Lunatic asylums Madras 1877-1891 - 1877-1891
Year: 1877
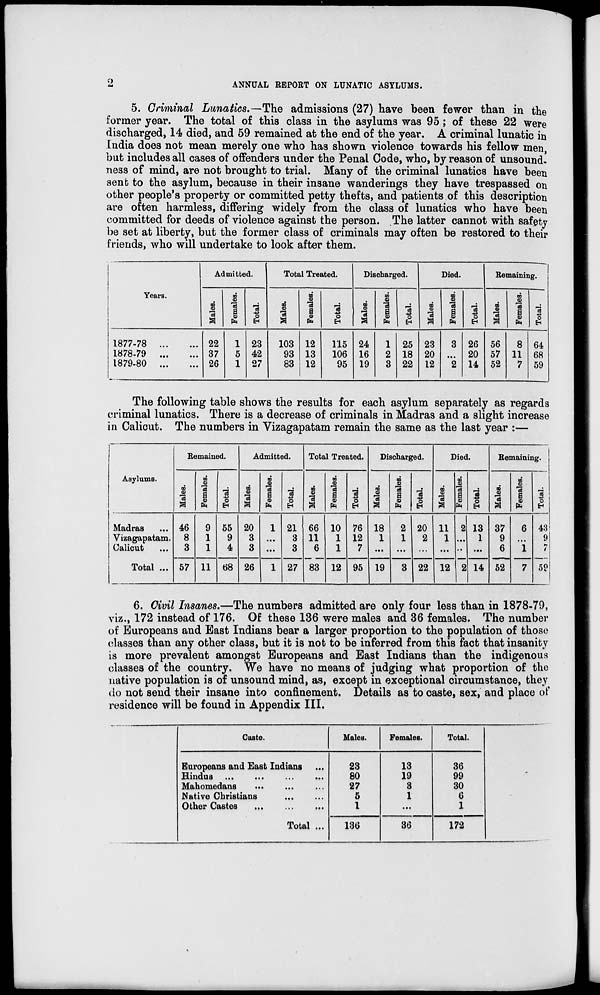
2
ANNUAL REPORT ON LUNATIC ASYLUMS.
5. Criminal Lunatics.– The admissions (27) have been fewer than in the
former year. The total of this class in the asylums was 95 ; of these 22 were
discharged, 14 died, and 59 remained at the end of the year. A criminal lunatic in
India does not mean merely one who has shown violence towards his fellow men,
but includes all cases of offenders under the Penal Code, who, by reason of unsound-
ness of mind, are not brought to trial. Many of the criminal lunatics have been
sent to the asylum, because in their insane wanderings they have trespassed on
other people's property or committed petty thefts, and patients of this description
are often harmless, differing widely from the class of lunatics who have been
committed for deeds of violence against the person. The latter cannot with safety
be set at liberty, but the former class of criminals may often be restored to their
friends, who will undertake to look after them.
Years.
1877-78
...
...
1878-79
...
...
1879-80
...
...
Admitted.
Males.
22
37
26
Females.
1
5
1
Total.
23
42
27
Total Treated.
Males.
103
93
83
Females.
12
13
12
Total.
115
106
95
Discharged.
Males.
24
16
19
Females.
1
2
3
Total.
25
18
22
Died.
Males.
23
20
12
Females.
3
...
2
Total.
26
20
14
Remaining.
Males.
56
57
52
Females.
8
11
7
Total.
64
68
59
The following table shows the results for each asylum separately as regards
criminal lunatics. There is a decrease of criminals in Madras and a slight increase
in Calicut. The numbers in Vizagapatam remain the same as the last year :—
Asylums.
Madras
Vizagapatam.
Calicut
Total ...
Remained.
Males.
46
8
3
57
Females.
9
1
1
11
Total.
55
9
4
68
Admitted.
Males.
20
3
3
26
Females.
1
...
...
1
Total.
21
3
3
27
Total Treated.
Males.
66
11
6
83
Females.
10
1
1
12
Total
76
12
7
95
Discharged.
Males.
18
1
...
19
Females.
2
1
...
3
Total.
20
2
...
22
Died.
Males.
11
1
...
12
Females.
2
...
...
2
Total.
13
1
...
14
Remaining.
Males.
37
9
6
52
Females.
6
...
1
7
Total.
43
9
7
59
6. Civil Insanes.—The numbers admitted are only four less than in 1878-79,
viz., 172 instead of 176. Of these 136 were males and 36 females. The number
of Europeans and East Indians bear a larger proportion to the population of those
classes than any other class, but it is not to be inferred from this fact that insanity
is more prevalent amongst Europeans and East Indians than the indigenous
classes of the country. We have no means of judging what proportion of the
native population is of unsound mind, as, except in exceptional circumstance, they
do not send their insane into confinement. Details as to caste, sex, and place of
residence will be found in Appendix III.
Caste.
Europeans and East Indians ...
Hindus ...
...
...
...
Mahomedans ... ... ...
Native Christians
...
...
Other Castes
...
...
...
Total ...
Males.
23
80
27
5
1
136
Females.
13
19
3
1
...
36
Total.
36
99
30
6
1
172